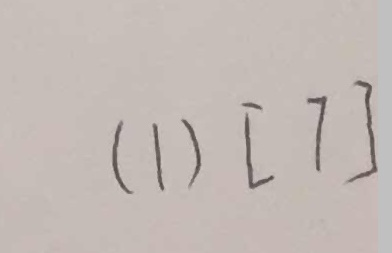
( 1 ) [ 7 ]